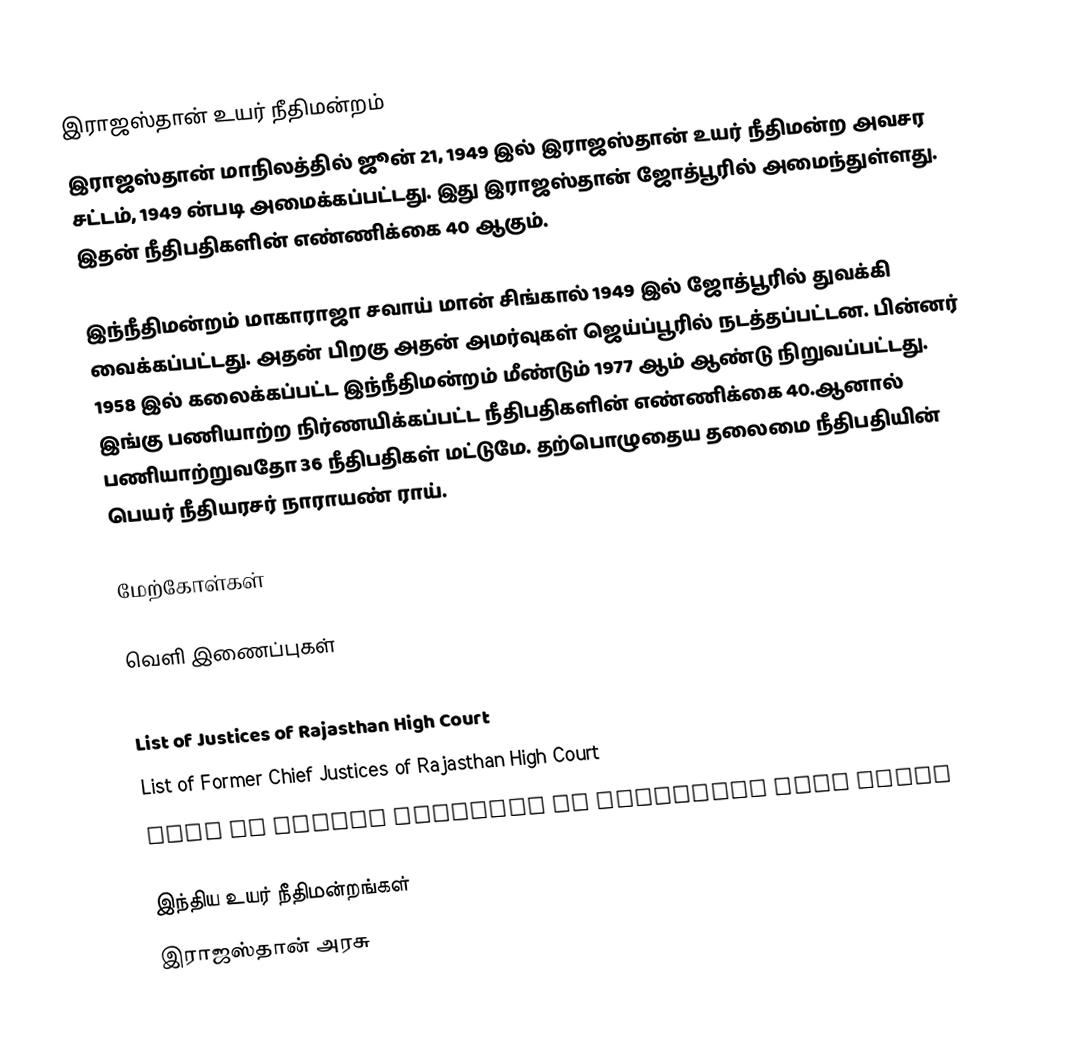
இராஜஸ்தான் உயர் நீதிமன்றம்
இராஜஸ்தான் மாநிலத்தில் ஜூன் 21, 1949 இல் இராஜஸ்தான் உயர் நீதிமன்ற அவசர சட்டம், 1949 ன்படி அமைக்கப்பட்டது. இது இராஜஸ்தான் ஜோத்பூரில் அமைந்துள்ளது. இதன் நீதிபதிகளின் எண்ணிக்கை 40 ஆகும்.

இந்நீதிமன்றம் மாகாராஜா சவாய் மான் சிங்கால் 1949 இல் ஜோத்பூரில் துவக்கி வைக்கப்பட்டது. அதன் பிறகு அதன் அமர்வுகள் ஜெய்ப்பூரில் நடத்தப்பட்டன. பின்னர் 1958 இல் கலைக்கப்பட்ட இந்நீதிமன்றம்  மீண்டும் 1977 ஆம் ஆண்டு நிறுவப்பட்டது. இங்கு பணியாற்ற நிர்ணயிக்கப்பட்ட நீதிபதிகளின்  எண்ணிக்கை 40.ஆனால்  பணியாற்றுவதோ 36 நீதிபதிகள் மட்டுமே. தற்பொழுதைய தலைமை நீதிபதியின் பெயர் நீதியரசர் நாராயண் ராய்.

மேற்கோள்கள்

வெளி இணைப்புகள்
 Rajasthan High Court official website
 List of Justices of Rajasthan High Court
 List of Former Chief Justices of Rajasthan High Court
 List of Former Justices of Rajasthan High Court

இந்திய உயர் நீதிமன்றங்கள்
இராஜஸ்தான் அரசு